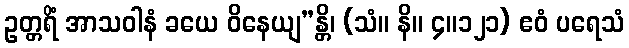
ဥတ္တရိံ အာသဝါနံ ခယေ ဝိနေယျ”န္တိ၊ (သံ။ နိ။ ၄။၁၂၁) ဧဝံ ပရေသံ